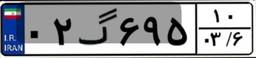
۱۵گ۳۶۸۲۵